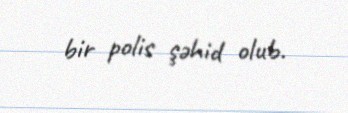
bir polis şəhid olub.